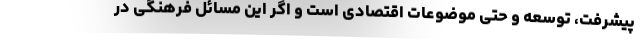
پیشرفت، توسعه و حتی موضوعات اقتصادی است و اگر این مسائل فرهنگی در